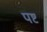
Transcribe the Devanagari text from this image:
पष्ट